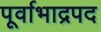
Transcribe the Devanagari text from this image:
पूर्वाभाद्रपद